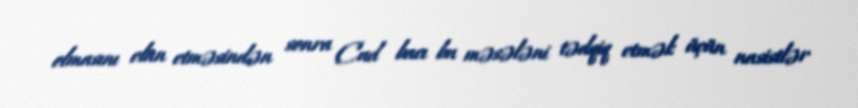
olmasını elan etməsindən sonra Cud bacı bu məsələni tədqiq etmək üçün nasistlər